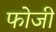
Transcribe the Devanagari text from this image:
फोजी